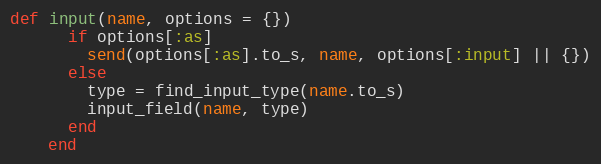
Language: Ruby
def input(name, options = {})
      if options[:as]
        send(options[:as].to_s, name, options[:input] || {})
      else
        type = find_input_type(name.to_s)
        input_field(name, type)
      end
    end